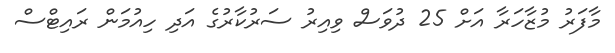
މާފަރު މުޒާހަރާ އަށް 25 ދުވަސް ވިއިރު ސަރުކާރުގެ އަދި ހިއުމަން ރައިޓްސް